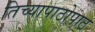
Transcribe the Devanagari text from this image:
तिच्यापाठोपाठ